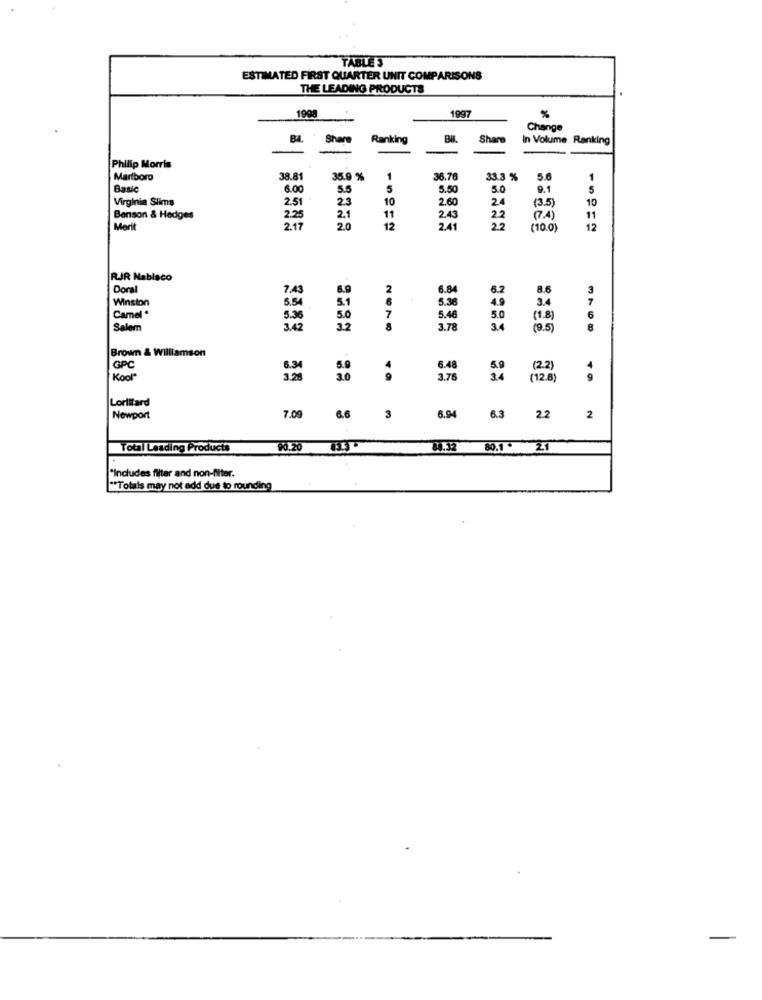
TABLES
ESTIMATED FIRST QUARTER UNIT COMPARISONS
THE LEADING PRODUCTS
1998
1997
%
Change
B4.
Share
Ranking
Share
In Volume Ranking
-
-
Philip Morris
Marlboro
38.81
35.9 %
1
36.76
33.3 %
5.6
1
Basic
6.00
5.5
5
5.50
5.0
9.1
5
Virginia Slims
2.51
2.3
10
2.60
24
(3.5)
10
Benson & Hedges
2.25
2.1
11
2.43
22
11
Merit
2.17
2.0
12
2.41
22
(10.0
12
RJR Nablaco
Doral
7.4
6.9
2
6.84
6.2
8.6
3
Winston
5.54
5.1
5.3
4.9
3.4
7
Camel *
5.36
5.0
7
5.46
5.0
(1.8
6
Salem
3.42
22
8
3.78
3.4
(9.5)
8
Brown & Williamson
GPC
6.34
6.48
(22)
Kool"
29
3.76
34
(12.8)
Lorillard
7.09
6.94
Newport
6.6
3
6.3
22
2
Total Leading Products
90.20
84.32 80.1. 21
"Includes filter and non-Miter.
"Totals may not add due to rounding